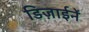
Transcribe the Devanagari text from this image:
डिज़ाईनें